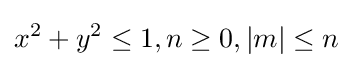
x^{2}+y^{2}\leq 1,n\geq 0,|m|\leq n